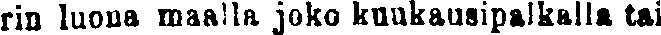
rin luona maalla joko kuukausipalkalla tai